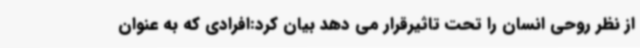
از نظر روحی انسان را تحت تاثیرقرار می دهد بیان کرد:افرادی که به عنوان